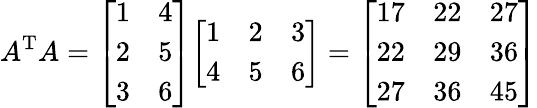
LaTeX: A^{\mathrm{T}}A={\left[\begin{array}{ll}{1}&{4}\\ {2}&{5}\\ {3}&{6}\end{array}\right]}{\left[\begin{array}{lll}{1}&{2}&{3}\\ {4}&{5}&{6}\end{array}\right]}={\left[\begin{array}{lll}{17}&{22}&{27}\\ {22}&{29}&{36}\\ {27}&{36}&{45}\end{array}\right]}